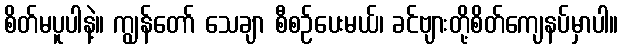
စိတ်မပူပါနဲ့။ ကျွန်တော် သေချာ စီစဉ်ပေးမယ်၊ ခင်ဗျားတို့စိတ်ကျေနပ်မှာပါ။